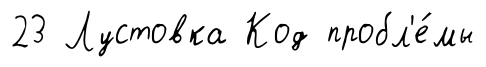
23 Лустовка Код пробл'е́мы